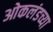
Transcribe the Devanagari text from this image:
ओकलंडच्या